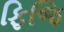
ફિજિ